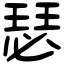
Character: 瑟